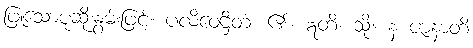
ဖြူသောပုဆိုးနွမ်းဖြင့်။ ပလိဝေဌိတံ၊ ၏။ ဣတိ၊ သို့။ န ဇာနာတိ